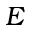
E